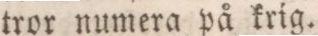
tror numera på krig.